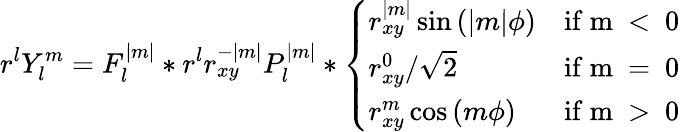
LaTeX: r^{l}Y_{l}^{m}=F_{l}^{|m|}*r^{l}r_{xy}^{-|m|}P_{l}^{|m|}*\left\{ \begin{array}{ll}{r_{xy}^{|m|}\sin{(|m|\phi)}}&{\mathrm{if~m~<~0~}}\\ {r_{xy}^{0}/\sqrt{2}}&{\mathrm{if~m~=~0~}}\\ {r_{xy}^{m}\cos{(m\phi)}}&{\mathrm{if~m~>~0~}}\end{array}\right.